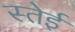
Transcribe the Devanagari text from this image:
स्तेईं